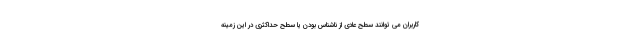
کاربران می توانند سطح عادی از ناشناس بودن یا سطح حداکثری در این زمینه